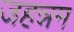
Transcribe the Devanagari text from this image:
जहन्नम